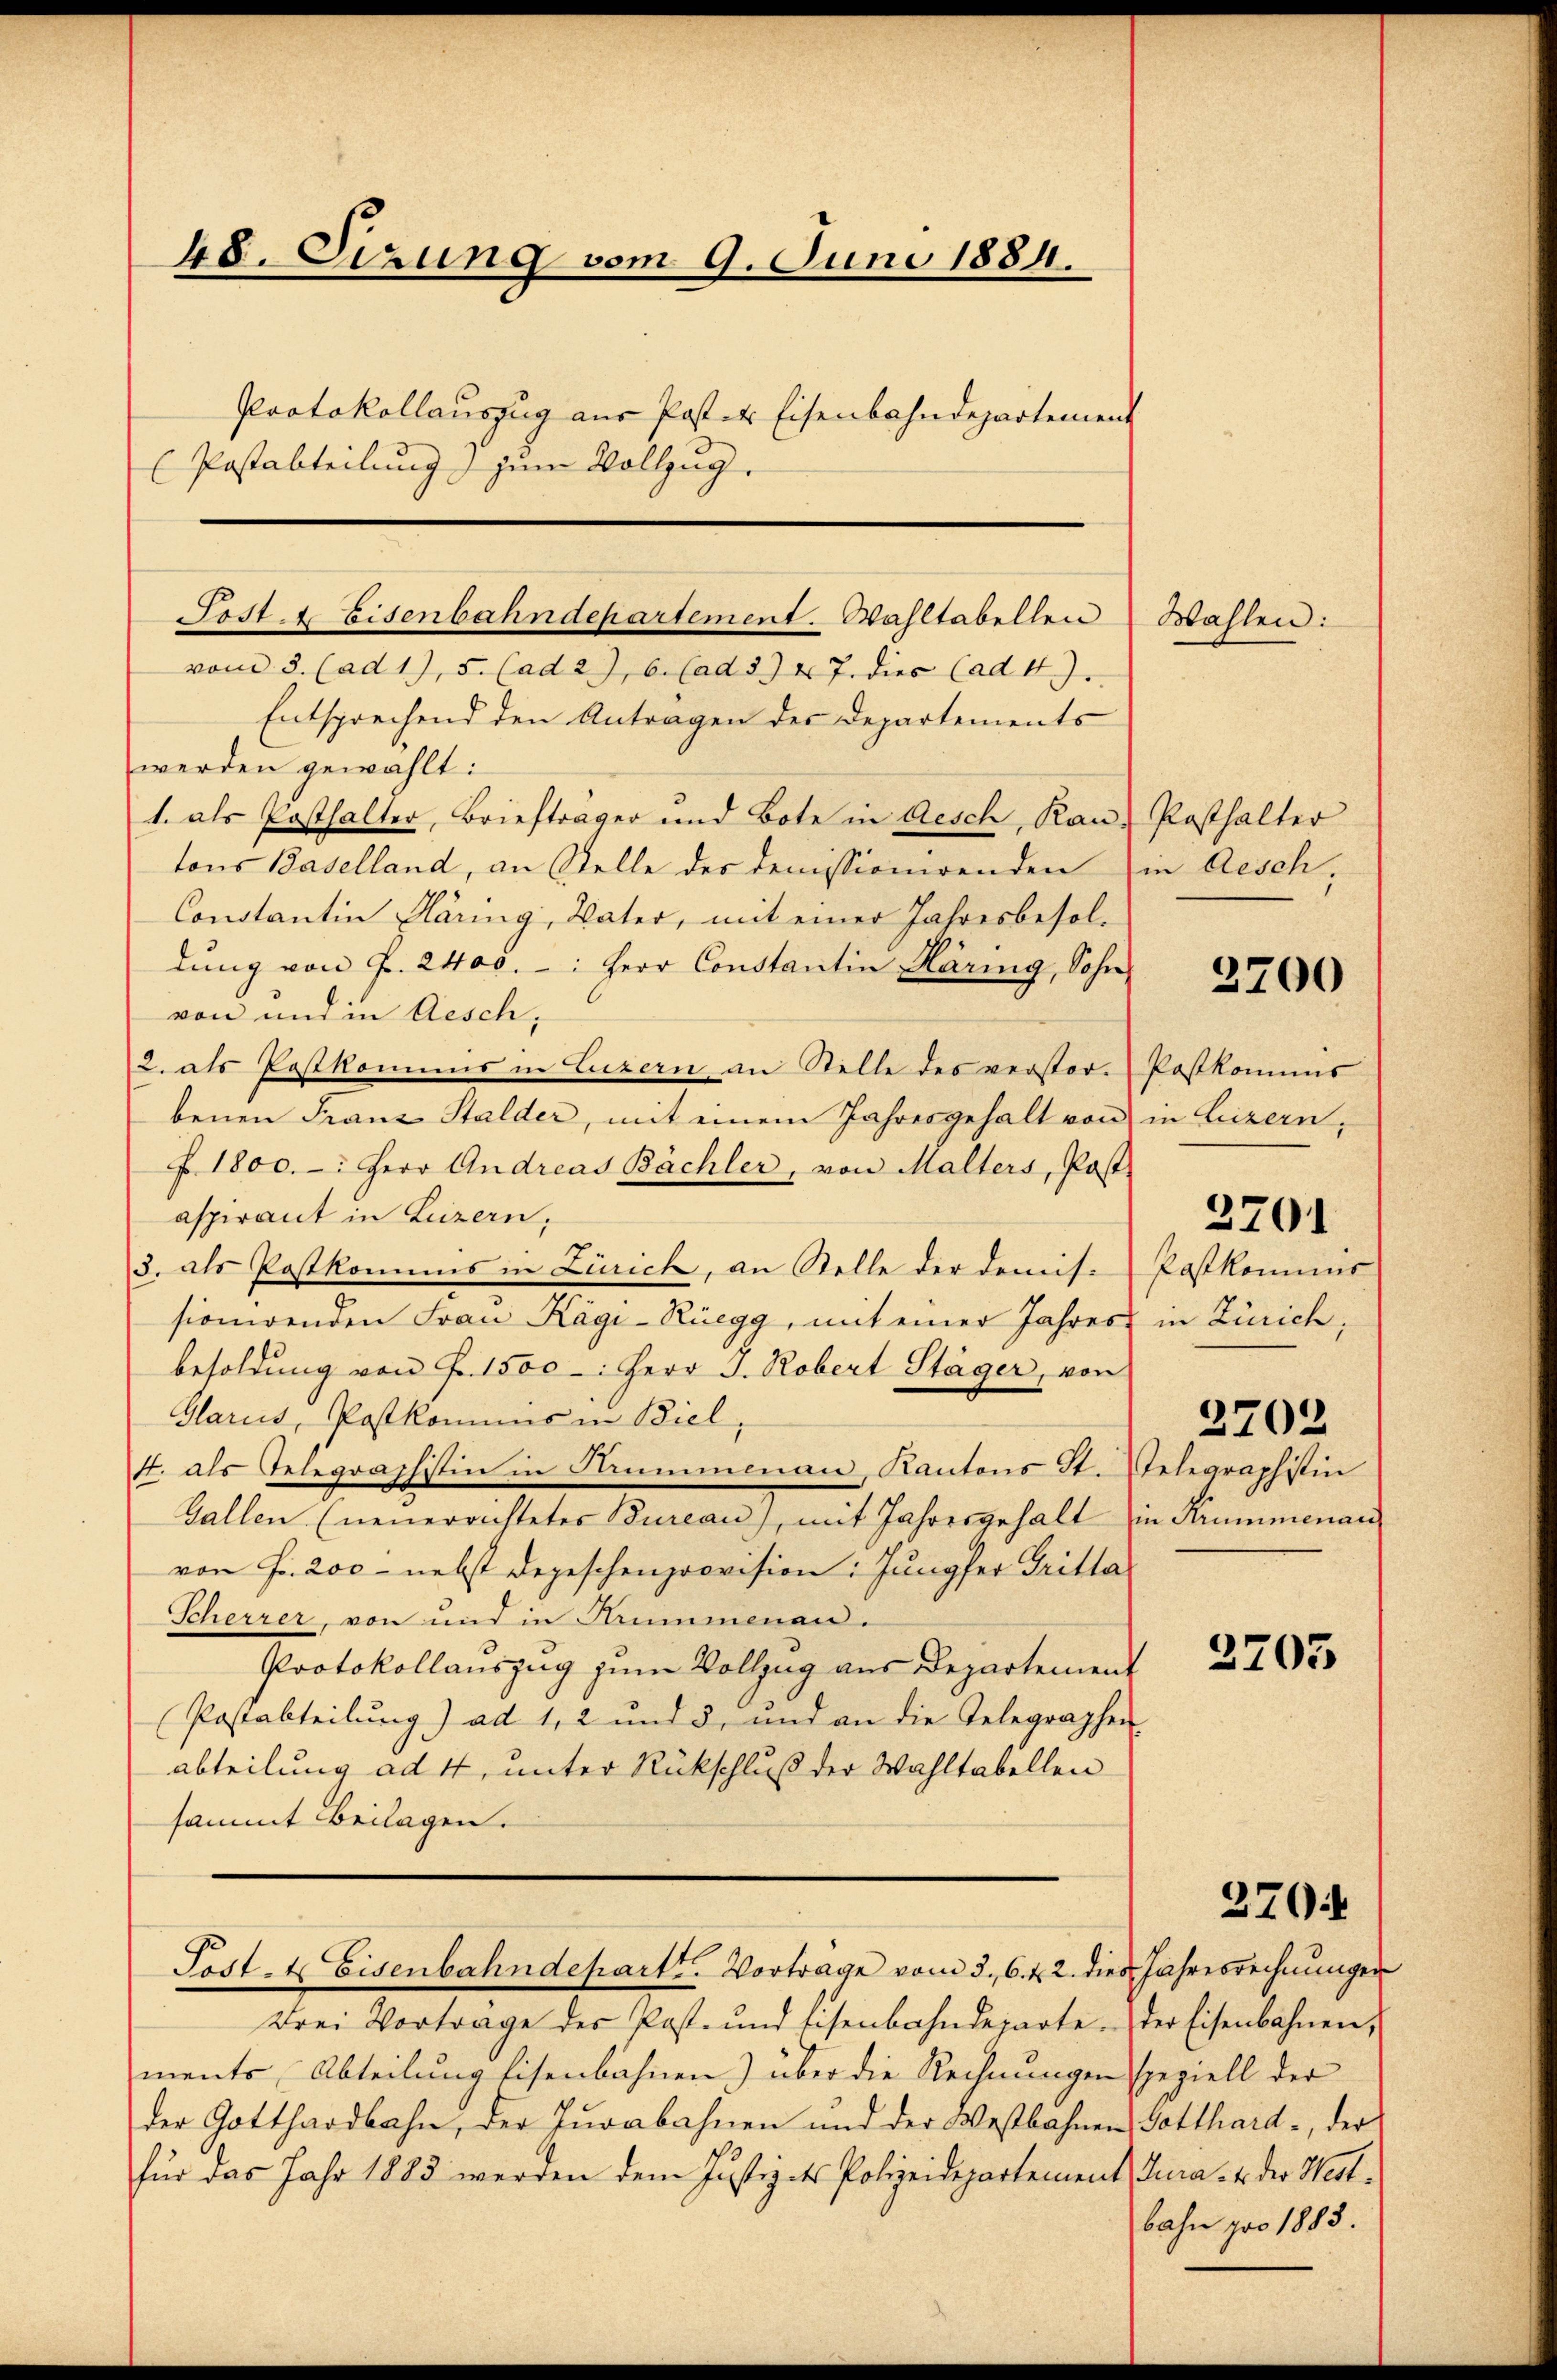
48. Sizung vom 9. Juni 1884.
Protokollauszug aus Poster Eisenbahndepartement
Postabteilung) zum Vollzug.

Post. Eisenbahndepartement. Wahltabellen

Wahlen:

vom 3. (ad 1), 5. (ad 2), 6. (ad 374 J. dies (ad 4.
Entsprechend den Antragen des Departements
werden gewählt:
1. als Posthalter, Briefträger und Bote in Aesch, Kan-
tons Baselland, an Stelle des demissionirenden in Aesch,
Constantin Häring, Vater, mit einer Jahresbesoldŭng von P. 2400. -: Herr Constantin Häring, Sohn
von und in Aesch,
2. als Postkomms in Luzern an Stelle des verstorbenen Franz Stalder, mit einem Jahresgehalt von
Z. 1800. -: Herr Andreas Bächler, von Malters, Post-
aspirant in Luzern,
3. als Postkommes in Zürich, an Stelle der Demis-
sionirenden Frau Kägi-Rüegg, mit einer Jahres in Zürich,
besoldung von Fr. 1500 : Herr J. Robert Stäger, von
Glarus, Postkommis in Biel,
4. als Telegraphistin in Sammenau, Kantons St. Gelegraphistin
Gallen (neuerrichtetes Bureau), mit Jahresgehalt in Krummenari
von Fr. 200 - nebst depeschenprovision: Jungfer Tritta
Scherzer, von und in Kummenan.
Protokollauszug zum Vollzug aus Departement
Postabteilung) ad 1, 2 und 3, und an die Telegraphen
abteilung ad 4, unter Rückschluß der Wahltabellen
sammt Beilagen.
Post- & Eisenbahndepartt. Vortrage vom 3. 6. d. 2. dies Jahresrechnŭngen
Drei Vortrage des Post- und Eisenbahndeparte. Der Eisenbahnen,
ments, Abteilung Eisenbahnen) über die Rechnungen
der Gotthardbahn, der Jurabahnen und der Westbahnen
für das Jahr 1883 werden dem Justiz des Polizeidepartement Tura. 4 der West-

Posthalter

2700

Postkommis
in Liezern,
Postkominis
2702

2701

2703

270.

speziell der
Gotthard, der
bahn pro 1883.